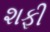
શફી